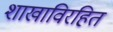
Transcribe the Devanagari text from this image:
शाखाविरहित